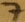
Text: 7